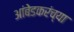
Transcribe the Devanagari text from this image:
आंबेडकरंच्या